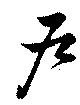
戸